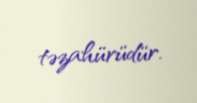
təzahürüdür.